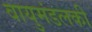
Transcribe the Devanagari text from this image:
वायुमंडलकी